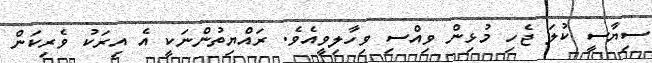
ސިޔާސީ ކުލަ ޖެހި މުޅިން ވިއްސި ވިހާލިވީއެވެ. ރައްޔިތުންނަކީ އެ އިރަކު ވެރިކަން